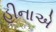
હીનાએ